Annual administration report of the Civil Veterinary Department of India - 1896-1897
Year: 1896
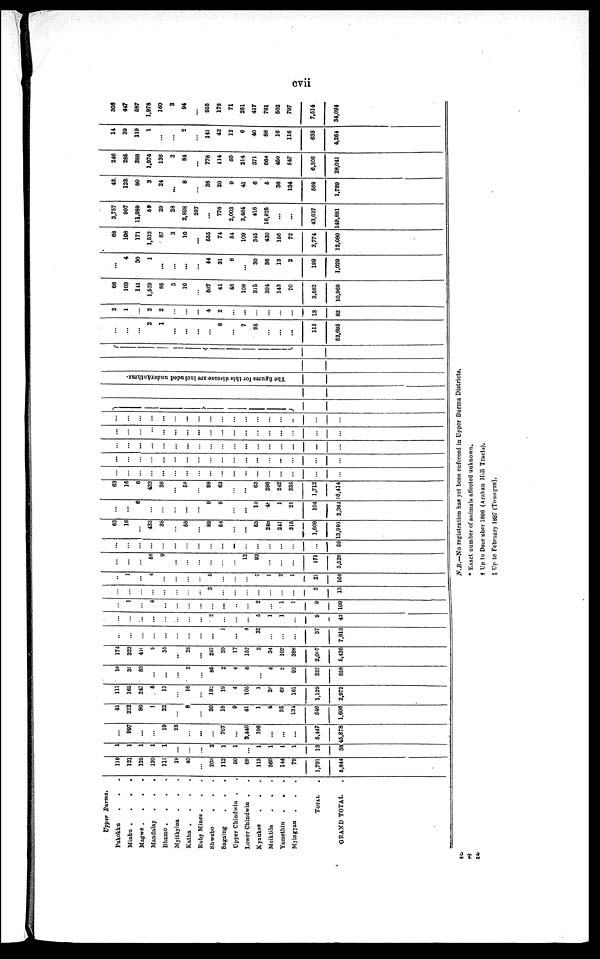
cvii
Upper Burma.
Pakokku . . .
Minbu .
.
.
.
Magwe .
.
.
.
Mandalay
.
.
.
Bhamo .
.
.
.
Myitkyina . . .
Katha .
.
.
.
Ruby Mines . . .
Shwebo . . .
Sagaing . . .
Upper Chindwin . .
Lower Chindwin . .
Kyaukse
Meiktila . . .
Yamethin
.
.
.
Myingyan
TOTAL .
GRAND TOTAL .
116
121
125
130
111
19
40
...
203
112
50
68
113
360
144
70
1,791
5,844
...
...
...
...
...
...
...
...
2
1
1
1
1
1
1
13
38
...
997
...
...
19
28
...
...
...
767
...
3,440
196
...
...
...
6,447
45,878
41
222
80
1
22
...
...8
...
30
18
9
41
1
4
35
134
546
1,606
117
166
247
8
13
...
16
...
182
19
4
105
1
26
66
161
1,129
2,972
16
35
83
...
...
...
2
...
86
2
4
6
...
4
2
93
332
868
174
322
410
9
35
...
26
...
297
39
17
162
2
34
102
388
2,007
5,436
...
...
...
...
...
...
...
...
...
1
...
4
32
...
...
...
37
7,913
...
...
...
...
...
...
...
...
2
...
...
6
1
1
...
9
42
...
1
...
4
...
...
...
...
...
...
...
...
2
...
1
1
9
109
...
...
...
...
...
...
...
...
3
...
...
...
...
...
...
...
3
13
...
1
...
4
...
...
...
...
6
...
...
...
7
1
2
1
21
164
...
...
...
66
9
...
...
...
...
...
...
13
93
...
...
...
171
5,526
...
...
...
...
...
...
...
...
...
...
...
...
...
...
...
...
69
63
16
...
433
38
...
58
...
89
54
...
...
53
248
241
315
1,608
13,991
...
...
6
...
...
...
...
...
9
9
...
...
10
48
1
21
104
2,364
63
16
6
433
38
...
58
... 98
63
...
...
63
296
242
335
1,712
16,414
...
...
...
...
...
...
...
...
...
...
...
...
...
...
...
...
...
...
...
...
...
...
...
...
...
...
...
...
...
...
...
...
...
...
...
...
...
...
...
...
...
...
...
...
...
...
...
...
...
...
...
...
...
...
...
...
...
...
...
...
...
...
...
...
...
...
...
...
...
...
...
...
...
...
...
...
...
...
...
...
...
...
...
...
...
...
...
..
...
...
The figures for this disease are included underAnthrax.
...
...
...
2
1
...
...
... ...
8
...
...
7
95
...
...
...
113
52,695
2
1
...
2
2
...
...
... 4
2
...
...
...
...
...
...
...
13
82
66
103
141
1,529
85
3
10
... 507
41
46
109
315
394
143
70
3,662
10,969
...
4
30
1
...
...
...
... 44
31
8
...
30
36
13
2
199
1,029
68
108
171
1,532
87
3
10
... 555
74
64
109
346
430
166
72
3,774
12,080
3,757
997
11,989
58
29
28
2,898
297
...
...
776
2,003
3,464
410
16,926
...
...
43,637
149,881
43.
123
80
3
24
...
8
... 36
20
9
41
6
5
36
134
668
1,789
246
285
388
1,974
136
3
84
...
... 778
114
60
214
371
668
450
647
6,308
28,041
14
39
119
1
...
...
2
... 141
42
12
6
40
88
16
116
638
4,264
306
447
587
1,978
160
3
94
... 955
176
71
261
417
761
502
797
7,514
34,094
2 T 2
N.B.—No registration has yet been enforced in Upper Burma Districts.
* Exact number of animals affected unknown.
† Up to December 1896 (Arakan Hill Tracts).
‡ Up to February 1897 (Toungoo).